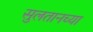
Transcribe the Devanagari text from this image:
सुलतानच्या